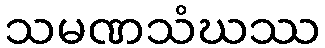
သမဏသံဃဿ